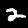
Digit: 2